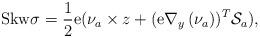
LaTeX: \begin{align*}\mathrm{Skw}\sigma =\frac{1}{2}\mathrm{e}(\nu _{a}\times z+(\mathrm{e}\nabla_{y}\left( \nu _{a}\right) )^{T }\mathcal{S}_{a}), \end{align*}